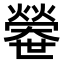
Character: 𤐼